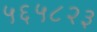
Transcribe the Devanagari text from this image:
५६५८२३